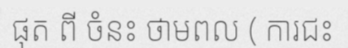
ផុត ពី ចំនះ ថាមពល ( ការជះ